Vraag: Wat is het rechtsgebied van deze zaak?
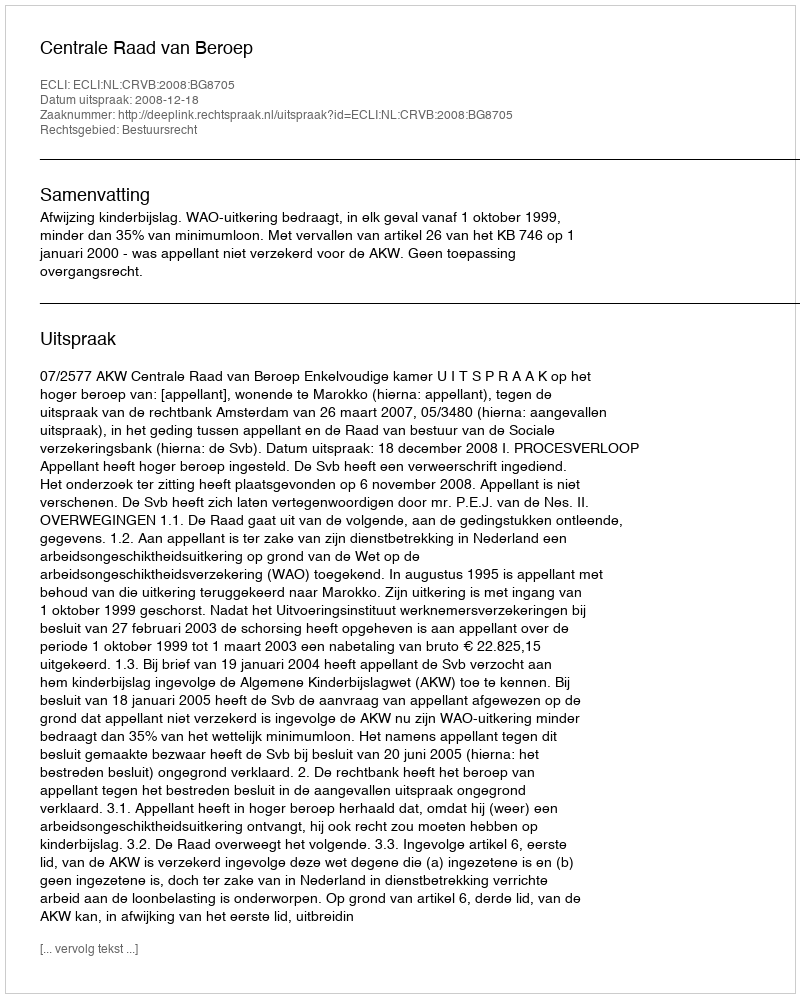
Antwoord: Bestuursrecht